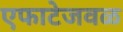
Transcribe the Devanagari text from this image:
एफाटेजवळ